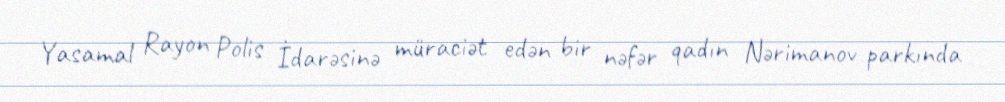
Yasamal Rayon Polis İdarəsinə müraciət edən bir nəfər qadın Nərimanov parkında